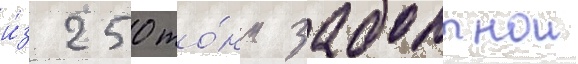
и́з 250 то́нн забортнои